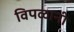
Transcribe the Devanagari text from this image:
विपळानी